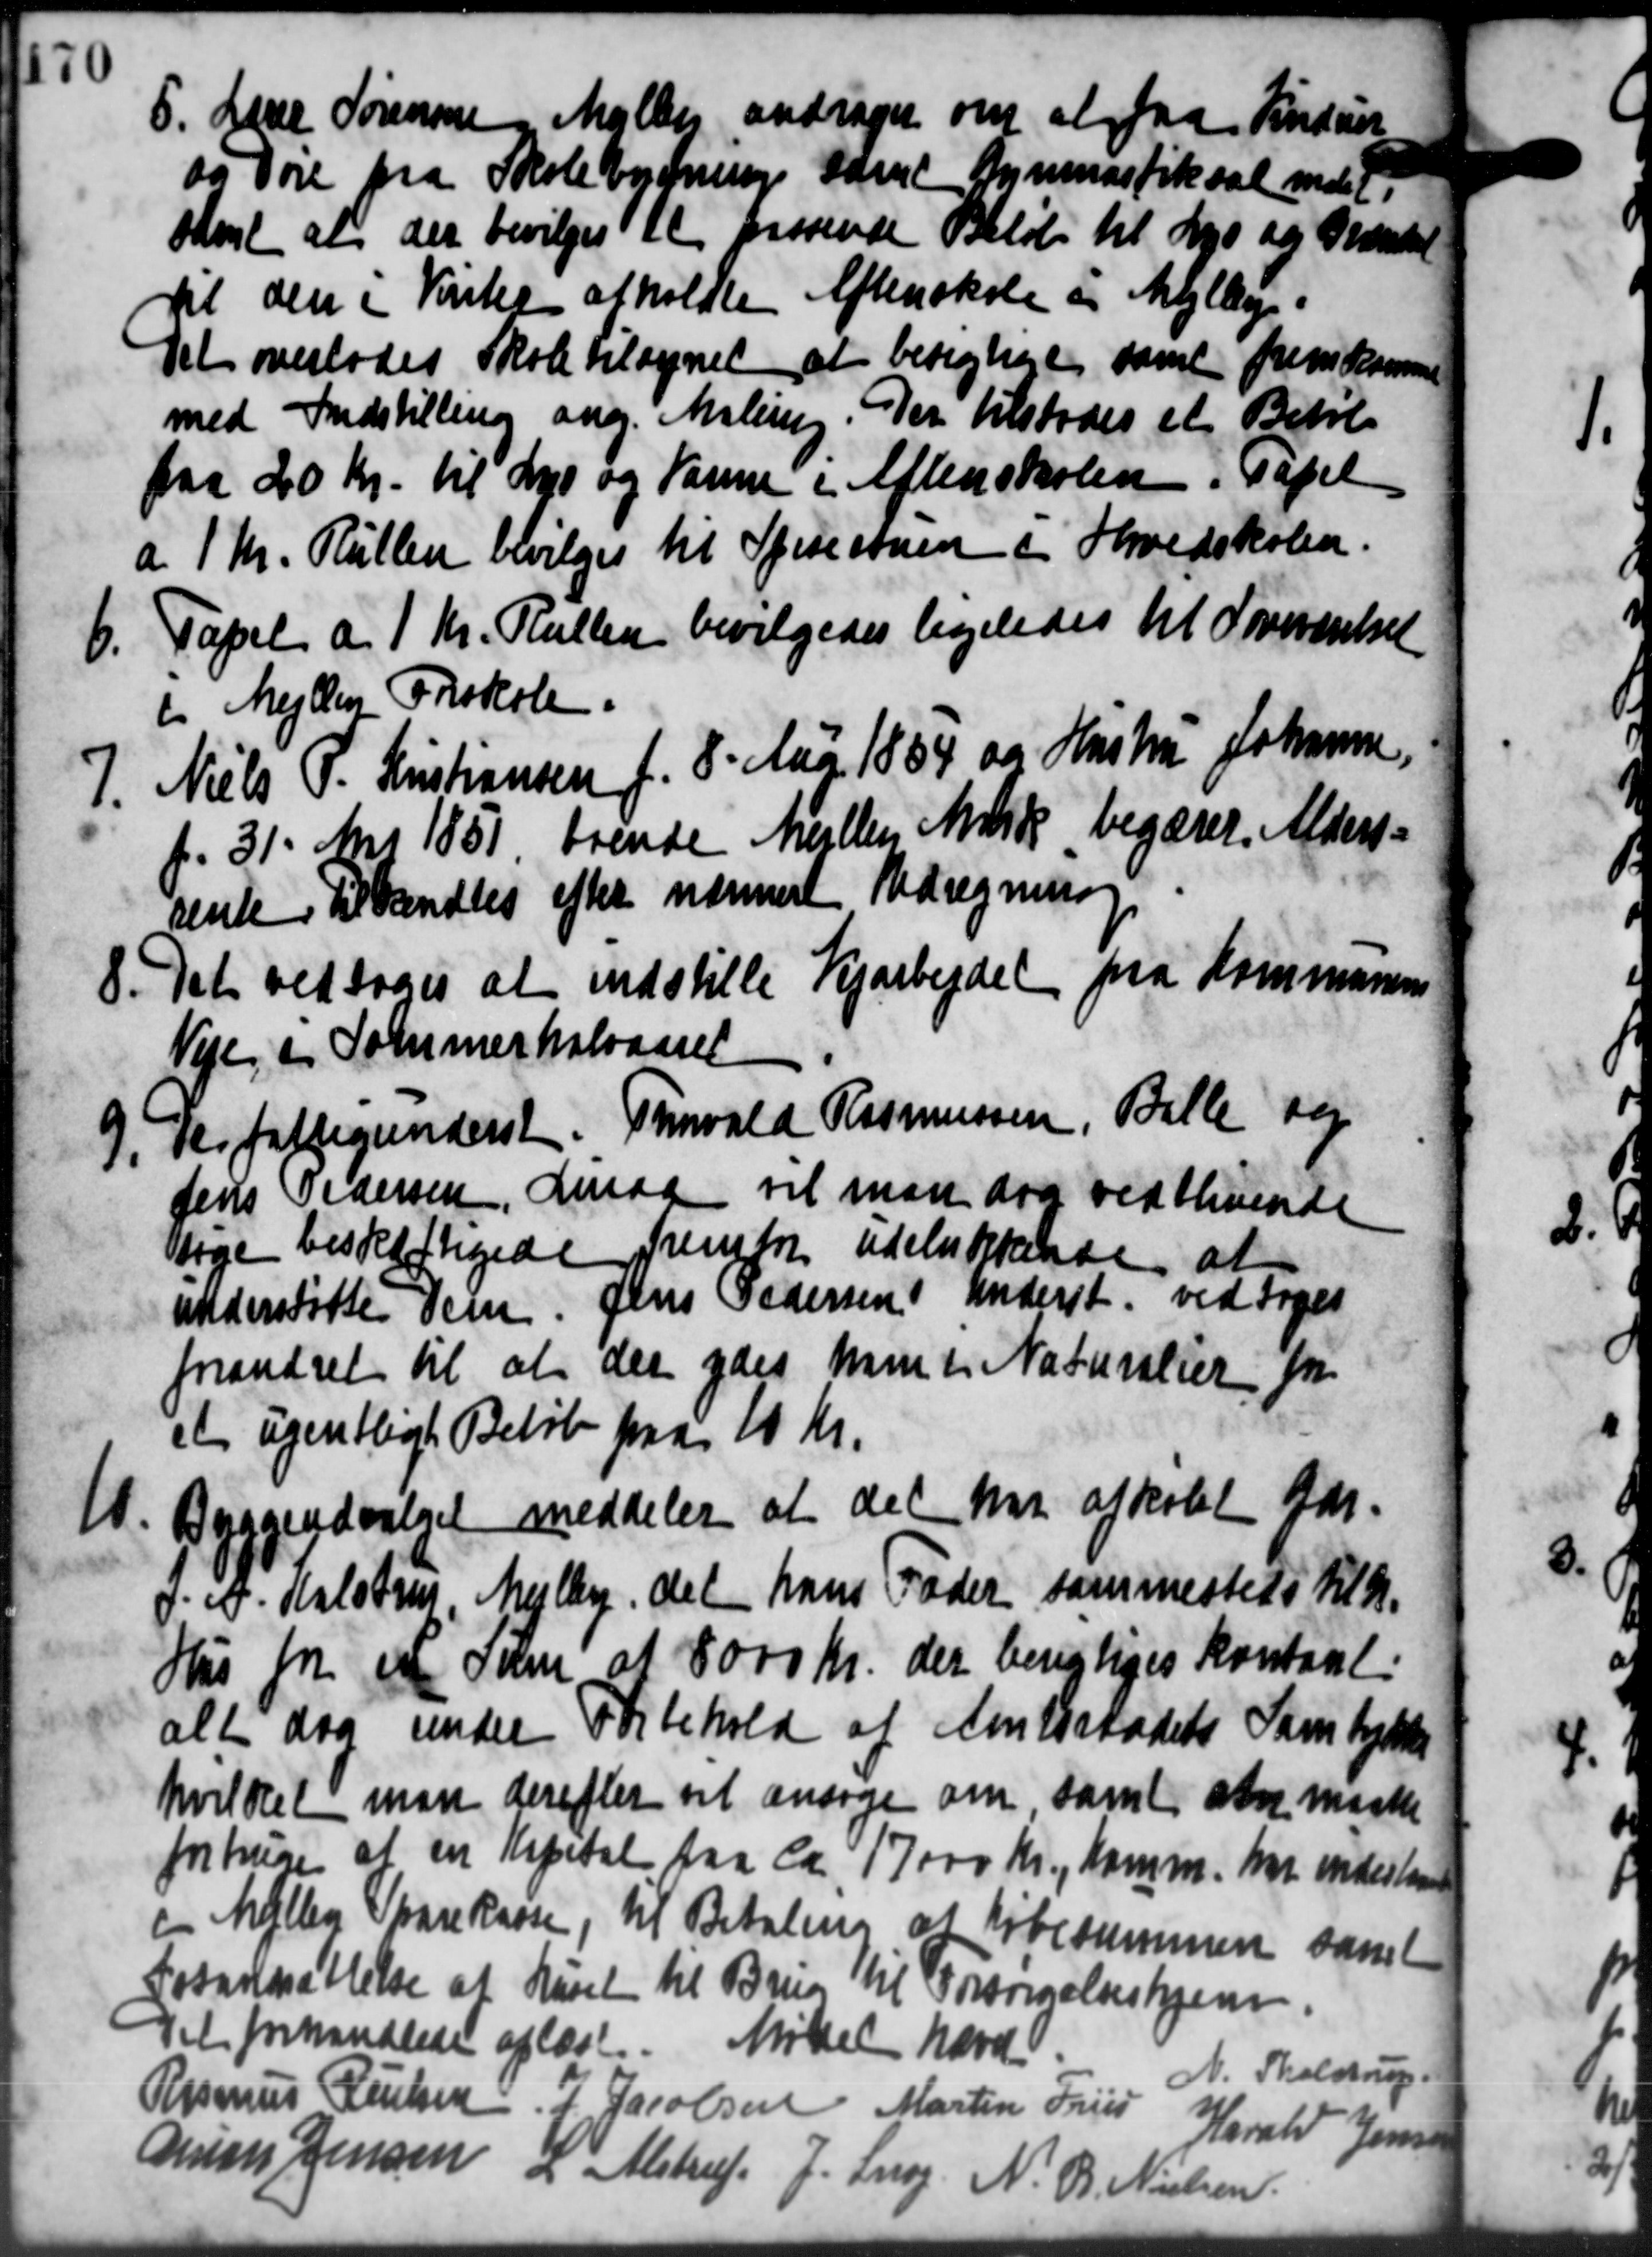
Transskription:
5. Lærer Sørensen Mejlby andrager om at faa Indser
5. Lærer Sørensen Mejlby andrager om at faa Indser
og Døre fra Skolebygning samt Gymnastiksal inde
Aksel at der bevilges Kl passende Beløb til Lys og Grænse
til den i Vinter afholdte Aftenskole i Mejlby.
Det overlodes Skole tilsynet at besigtige samt fremkomme
med Indstilling ang. Malling. Der tilstodes et Behol
-
paa 20 Kr. til Lys og Varme i Aftenskolen i Papel
a 1 Kr. Rullen bevilges til Spisestuen i Hovedskolen.
Papel af 1 Kr. Rullen bevilgedes ligeledes til Soveværelse
6.
i Mejlby Forskole.
7. Niels P. Kristiansen f. 8. Aar 1854 og Hustru Johanne
7. Niels P. Kristiansen f. 8. Aar 1854 og Hustru Johanne
f. 31. Mai 1851 trende Mellem Mark begærer Alders-
rente Tilhandles efter nærmere Udregning
8. Det vedtoges at indstille Vejarbejdet fra Kommunen
8. Det vedtoges at indstille Vejarbejdet fra Kommunen
Veje i Sommerhalvaaret
9. Perfattigunderst. Torvald Rasmussen, Bille og
9. Perfattigunderst. Torvald Rasmussen, Bille og
Jens Pedersen, Smaa vil man dog vedblivende
tage beskæftigede fremfor udelukttende at
understøtte dem. Jens Pedersen Underst. vedtoges
forandret til at der ydes ham i Naturalier for
et ugentligt Beløb paa 10 Kr.
10.
Byggeudvalget meddeler at det har afkøbet Gdr.
P. A. Halotzen, Mejlby det hans Fader sammestets til d.
Hus for et Tilm af 8000 Kr. der berigtiges kontant
alt dog under Forbehold af Amtsraadets Sambejde
hvilket man derefter at ansøge om, samt anmeste
forbruge at en Kapital paa ca. 17000 Kr., Komm. har indestaa
c Møller Sparekasse, til Betaling af Købesummen samt
Istandsættelse at havet til Brug til Forsørgelseshjem
Det forhandlede oplæst. Mødet hævet
N. Tholstru
Rasmus Poulsen J. Jacobsen Martin Fried
Harald Jen
Aars Jensen
" Alstrup. J. Snog
N. Be
Nielsen